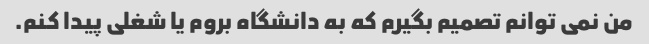
من نمی توانم تصمیم بگیرم که به دانشگاه بروم یا شغلی پیدا کنم.